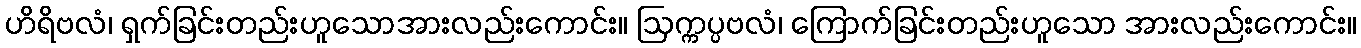
ဟိရိဗလံ၊ ရှက်ခြင်းတည်းဟူသောအားလည်းကောင်း။ ဩက္ကပ္ပဗလံ၊ ကြောက်ခြင်းတည်းဟူသော အားလည်းကောင်း။